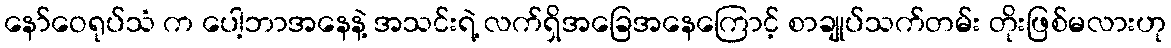
နော်ဝေရုပ်သံ က ပေါ့ဘာအနေနဲ့ အသင်းရဲ့ လက်ရှိအခြေအနေကြောင့် စာချုပ်သက်တမ်း တိုးဖြစ်မလားဟု